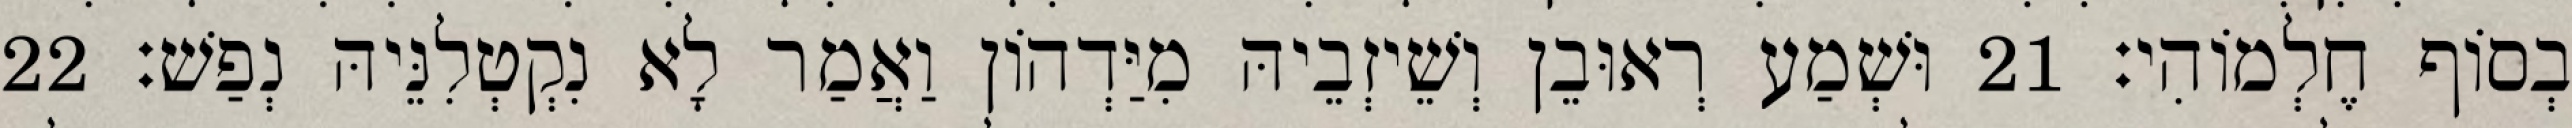
בְסוֹף חֶלְמוֹהִי׃ 21 וּשְׁמַע רְאוּבֵן וְשֵׁיזְבֵיהּ מִיַּדְהוֹן וַאֲמַר לָא נִקְטְלִנֵּיהּ נְפַשׁ׃ 22